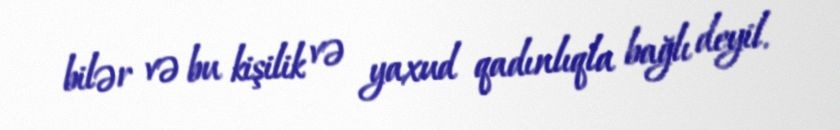
bilər və bu kişilik və yaxud qadınlıqla bağlı deyil.